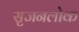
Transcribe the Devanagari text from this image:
सृजनलोक